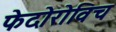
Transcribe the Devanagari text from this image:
फेदोरोविच